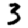
Digit: 3